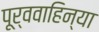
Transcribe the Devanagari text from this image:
पूर्ववाहिन्या